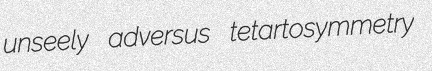
unseely adversus tetartosymmetry